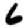
Digit: 6